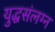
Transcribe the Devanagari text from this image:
युद्धसंलग्न